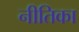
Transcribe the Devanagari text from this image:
नीतिका